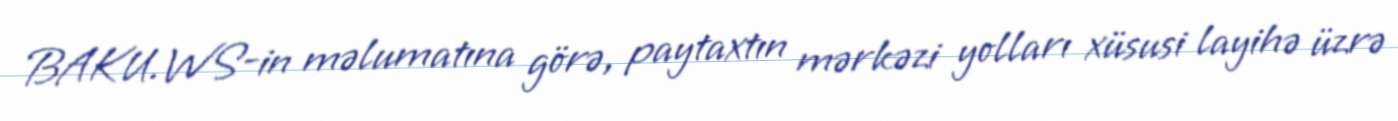
BAKU.WS-in məlumatına görə, paytaxtın mərkəzi yolları xüsusi layihə üzrə